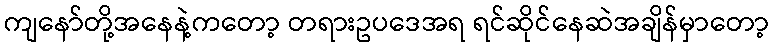
ကျနော်တို့အနေနဲ့ကတော့ တရားဥပဒေအရ ရင်ဆိုင်နေဆဲအချိန်မှာတော့